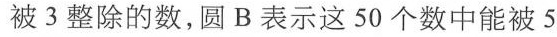
被3整除的数，圆B表示这50个数中能被5